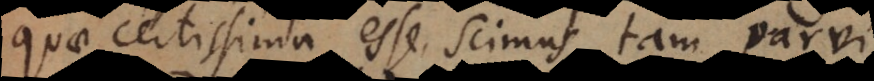
quae certissima esse scimus, tam parvi